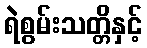
ရဲစွမ်းသတ္တိနှင့်